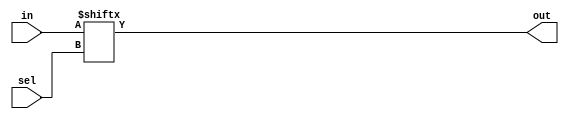
`timescale 1ns / 1ps

module mux(in,sel,out);
parameter n=3'd4; //number of select lines 
parameter m=2**n; //number of input lines
input [m-1:0]in;
input [n-1:0] sel;
output out;

assign out=in[sel];

endmodule